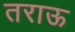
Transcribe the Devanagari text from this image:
तराऊ